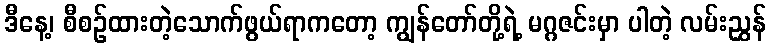
ဒီနေ့၊ စီစဉ်ထားတဲ့သောက်ဖွယ်ရာကတော့ ကျွန်တော်တို့ရဲ့ မဂ္ဂဇင်းမှာ ပါတဲ့ လမ်းညွှန်